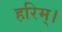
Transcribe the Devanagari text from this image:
हरिम्।